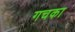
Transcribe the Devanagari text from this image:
गचका